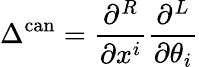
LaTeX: \Delta^{\mathrm{can}}=\frac{\partial^{R}}{\partial x^{i}}\frac{\partial^{L}}{\partial\theta_{i}}